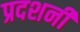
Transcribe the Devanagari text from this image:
प्रदशनी